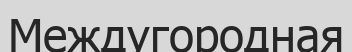
Междугородная